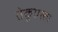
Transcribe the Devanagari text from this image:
तेकुएस्ता